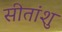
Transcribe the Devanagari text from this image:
सीतांशु